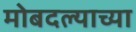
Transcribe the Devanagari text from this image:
मोबदल्याच्या